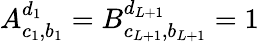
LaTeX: A_{c_{1},b_{1}}^{d_{1}}=B_{c_{L+1},b_{L+1}}^{d_{L+1}}=1